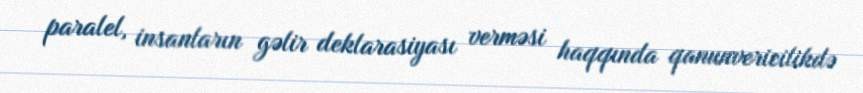
paralel, insanların gəlir deklarasiyası verməsi haqqında qanunvericilikdə